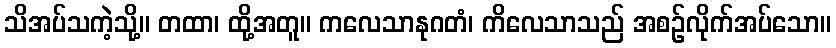
သိအပ်သကဲ့သို့။ တထာ၊ ထို့အတူ။ ကလေသာနုဂတံ၊ ကိလေသာသည် အစဉ်လိုက်အပ်သော။